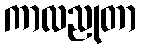
ကာလညုတာ